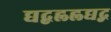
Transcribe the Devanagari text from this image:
द्यद्बह्लह्लद्यद्ग